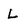
Character: L